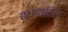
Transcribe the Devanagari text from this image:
बघडाटिस